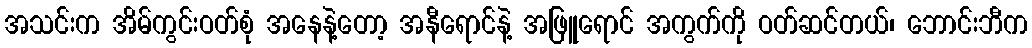
အသင်းက အိမ်ကွင်းဝတ်စုံ အနေနဲ့တော့ အနီရောင်နဲ့ အဖြူရောင် အကွက်ကို ဝတ်ဆင်တယ်၊ ဘောင်းဘီက